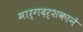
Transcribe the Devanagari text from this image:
मार्गदर्शकाने